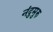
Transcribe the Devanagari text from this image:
नंदुमुरु